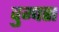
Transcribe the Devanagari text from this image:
वुम्पस